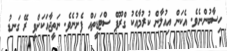
ހިސާބުންނެވެ. އެކަން އިއުލާން ކުރުމާއެކު ގްރޫޕް ސްޓަޑީތައް ފެށުނެވެ. ނަތީޖާއަކަށްވީ ރޭ ގަނޑު